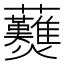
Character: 𧆋